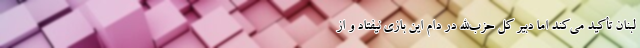
لبنان تأکید می‌کند اما دبیر کل حزب‌الله در دام این بازی نیفتاد و از